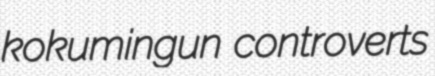
kokumingun controverts